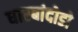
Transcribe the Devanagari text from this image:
धारबांदोडाे